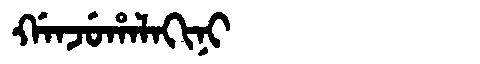
Manchu: ᡤᠠᠨᠵᡠᡥᠠᠯᠠᡴᡳᠨᡳ
Romanization: GANJUHALAKINI